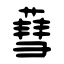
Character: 蔧